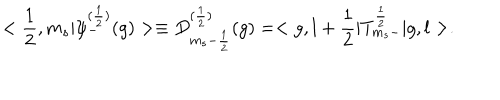
< \frac { 1 } { 2 } , m _ { s } | { \psi } _ { - } ^ { ( \frac { 1 } { 2 } ) } ( g ) > \equiv D _ { m _ { s } - \frac { 1 } { 2 } } ^ { ( \frac { 1 } { 2 } ) } ( g ) = < g , l + \frac { 1 } { 2 } | T _ { m _ { s } - } ^ { \frac { 1 } { 2 } } | g , l > .